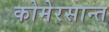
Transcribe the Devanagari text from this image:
कोमेरसान्त